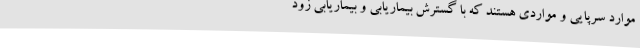
موارد سرپایی و مواردی هستند که با گسترش بیماریابی و بیماریابی زود